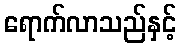
ရောက်လာသည်နှင့်